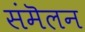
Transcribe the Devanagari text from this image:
संमॆलन